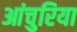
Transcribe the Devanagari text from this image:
आंचुरिया